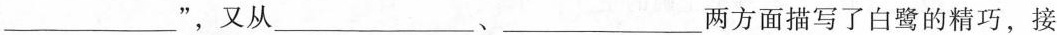
___",又从___、___两方面描写了白鹭的精巧，接